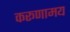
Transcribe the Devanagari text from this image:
करूणामय